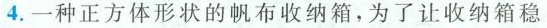
4.一种正方体形状的帆布收纳箱，为了让收纳箱稳